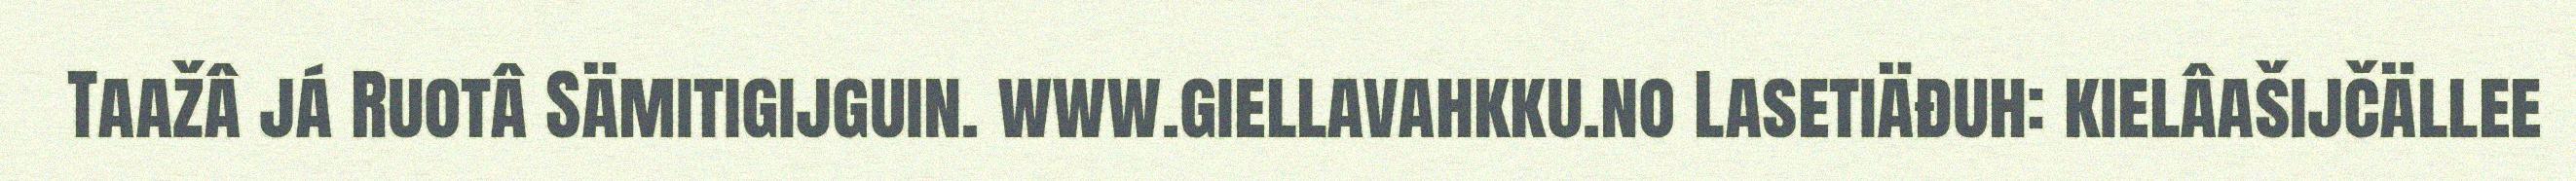
Taažâ já Ruotâ Sämitigijguin. www.giellavahkku.no Lasetiäđuh: kielâašijčällee